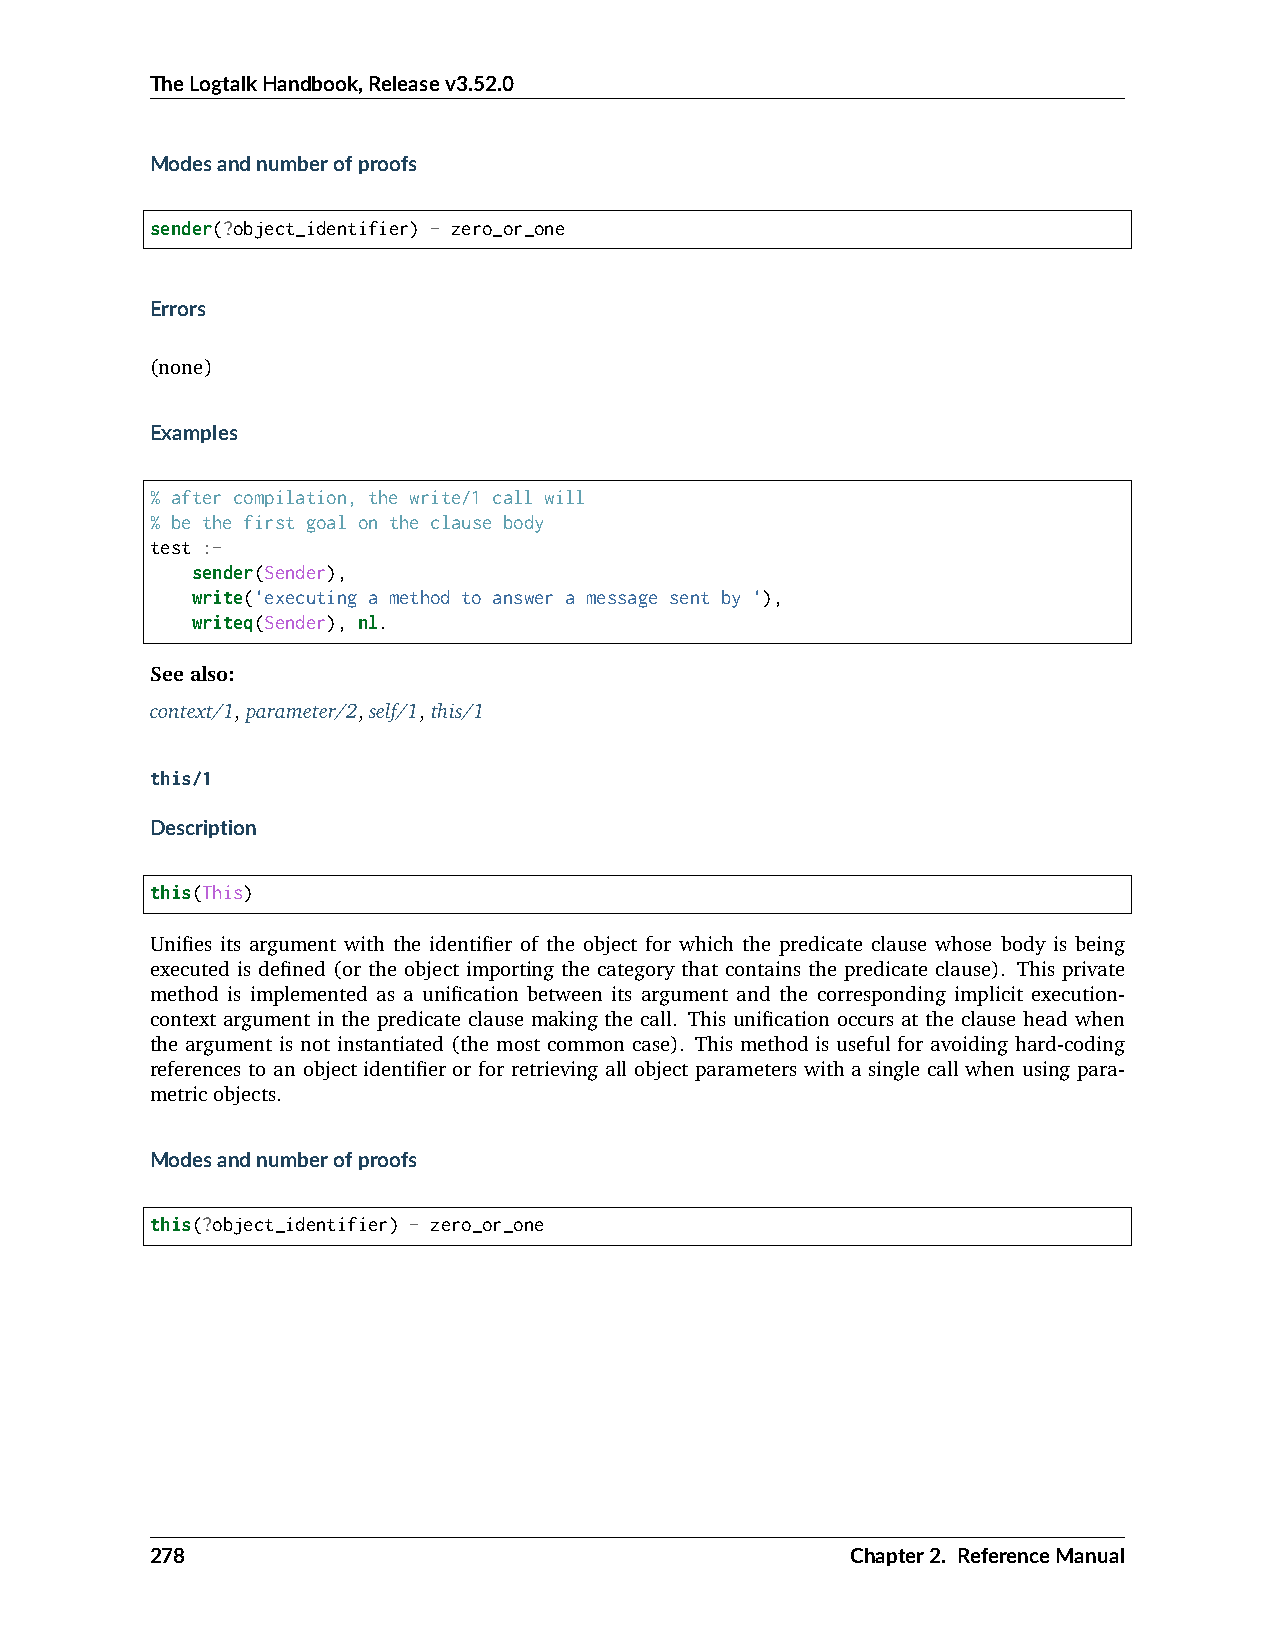
TheLogtalkHandbook,Releasev3.52.0
 Modesandnumberofproofs
 sender(?object_identifier) - zero_or_one
 Errors
 (none)
 Examples
 % after compilation, the write/1 call will
 % be the first goal on the clause body
 test :-
 sender(Sender),
 write('executing a method to answer a message sent by '),
 writeq(Sender), nl.
 Seealso:
 context/1,parameter/2,self/1,this/1
 this/1
 Description
 this(This)
 Unifies its argument with the identifier of the object for which the predicate clause whose body is being
 executed is defined (or the object importing the category that contains the predicate clause). This private
 method is implemented as a unification between its argument and the corresponding implicit execution-
 context argument in the predicate clause making the call. This unification occurs at the clause head when
 the argument is not instantiated (the most common case). This method is useful for avoiding hard-coding
 references to an object identifier or for retrieving all object parameters with a single call when using para-
 metricobjects.
 Modesandnumberofproofs
 this(?object_identifier) - zero_or_one
 278                                           Chapter2. ReferenceManual